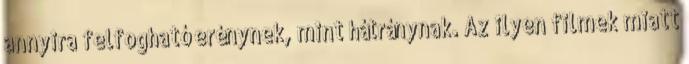
annyira felfogható erénynek, mint hátránynak. Az ilyen filmek miatt